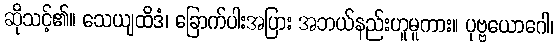
ဆိုသင့်၏။ သေယျထိဒံ၊ ခြောက်ပါးအပြား အဘယ်နည်းဟူမူကား။ ပုဗ္ဗယောဂေါ၊